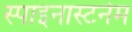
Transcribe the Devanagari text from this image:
स्पाइनास्टर्नम